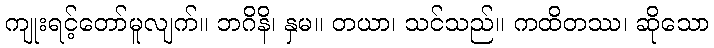
ကျုးရင့်တော်မူလျက်။ ဘဂိနိ၊ နှမ။ တယာ၊ သင်သည်။ ကထိတဿ၊ ဆိုသော